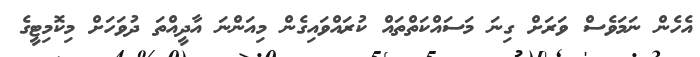
އެހެން ނަމަވެސް ވަރަށް ގިނަ މަސައްކަތްތައް ކުރައްވައިގެން މިއަންނަ އާދީއްތަ ދުވަހަށް މިކޮމިޓީގެ